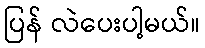
ပြန် လဲပေးပါ့မယ်။